Plague in India, 1896, 1897 - Volume 3
Year: 1896
Disease focus: Plague
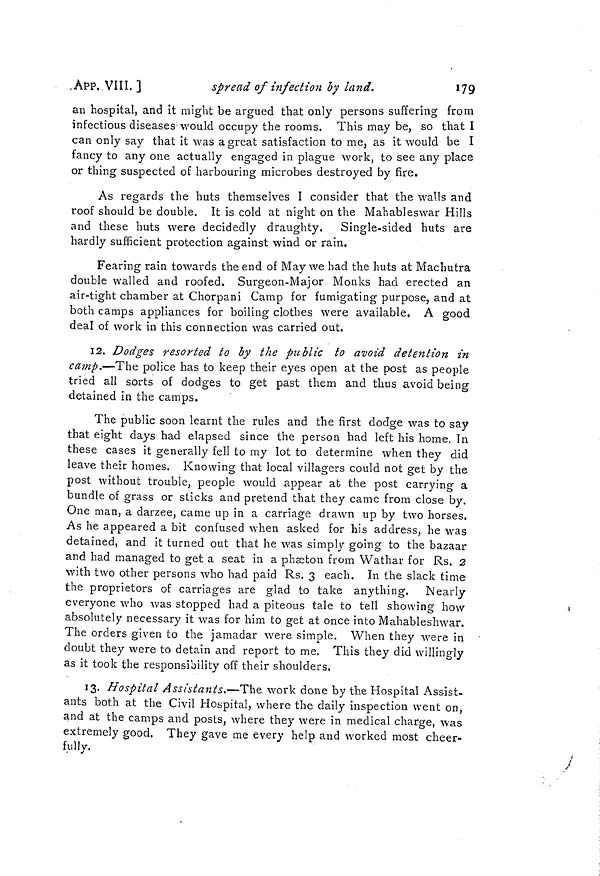
.APP. VIII. ]
spread of infection by land.
179
an hospital, and it might be argued that only persons suffering from
infectious diseases would occupy the rooms. This may be, so that I
can only say that it was a great satisfaction to me, as it would be I
fancy to any one actually engaged in plague work, to see any place
or thing suspected of harbouring microbes destroyed by fire.
As regards the huts themselves I consider that the walls and
roof should be double. It is cold at night on the Mahableswar Hills
and these huts were decidedly draughty.
Single-sided huts are
hardly sufficient protection against wind or rain.
Fearing rain towards the end of May we had the huts at Machutra
double walled and roofed. Surgeon-Major Monks had erected an
air-tight chamber at Chorpani Camp for fumigating purpose, and at
both camps appliances for boiling clothes were available, A good
deal of work in this connection was carried out.
12. Dodges resorted to by the public to avoid detention in
camp.—The police has to keep their eyes open at the post as people
tried all sorts of dodges to get past them and thus avoid being
detained in the camps.
The public soon learnt the rules and the first dodge was to say
that eight days had elapsed since the person had left his home. In
these cases it generally fell to my lot to determine when they did
leave their homes. Knowing that local villagers could not get by the
post without trouble, people would appear ab the post carrying a
bundle of grass or sticks and pretend that they came from close by.
One man, a darzee, came up in a carriage drawn up by two horses.
As he appeared a bit confused when asked for his address, he was
detained, and it turned out that he was simply going to the bazaar
and had managed to get a seat in a phaeton from Wathar for Rs. 2
with two other persons who had paid Rs. 3 each. In the slack time
the proprietors of carriages are glad to take anything. Nearly
everyone who was stopped had a piteous tale to tell showing how
absolutely necessary it was for him to get at once into Mahableshwar.
The orders given to the jamadar were simple. When they were in
doubt they were to detain and report to me. This they did willingly
as it took the responsibility off their shoulders,
13. Hospital Assistants.—The work done by the Hospital Assist-
ants both at the Civil Hospital, where the daily inspection went on,
and at the camps and posts, where they were in medical charge, was
extremely good, They gave me every help and worked most cheer-
fully.